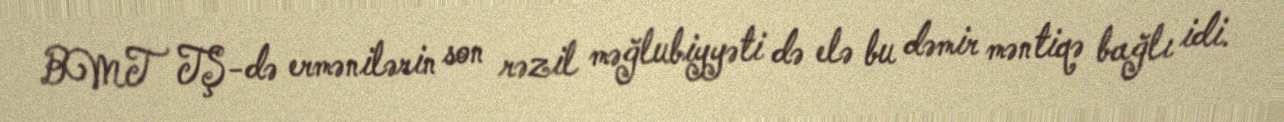
BMT TŞ-də ermənilərin son rəzil məğlubiyyəti də elə bu dəmir məntiqə bağlı idi.